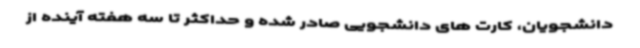
دانشجویان، کارت های دانشجویی صادر شده و حداکثر تا سه هفته آینده از